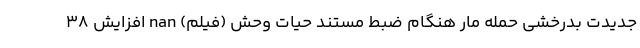
جدیدت بدرخشی حمله مار هنگام ضبط مستند حیات وحش (فیلم) nan افزایش 38